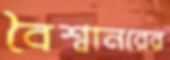
বৈশ্বানরের